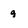
Character: g